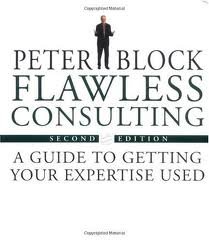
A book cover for Flawless Consulting: A Guide to Getting Your Expertise Used 2nd (Second) Edition; Peter Block; Business & Money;